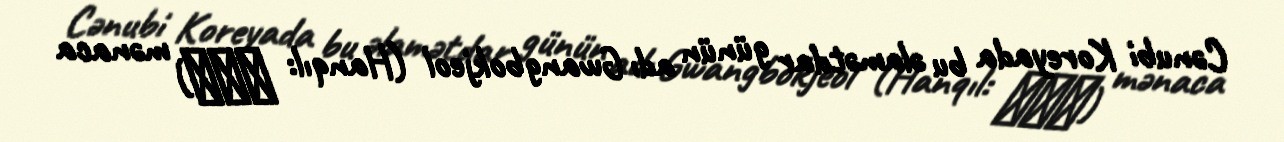
Cənubi Koreyada bu əlamətdar günün adı Gwangbokjeol (Hanqıl: 광복절) mənaca